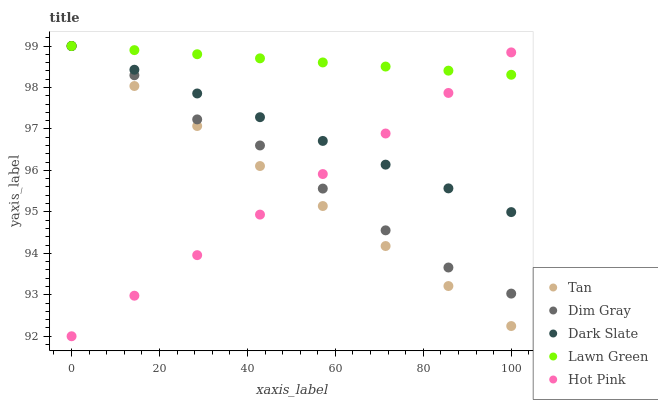
| xaxis_label | Tan | Dim Gray | Dark Slate | Lawn Green | Hot Pink |
 | --- | --- | --- | --- | --- | --- |
 | 0 | 99 | 99 | 99 | 99 | 92 |
 | 14.3 | 98 | 98.3 | 98.4 | 98.9 | 93 |
 | 28.6 | 97.1 | 97.2 | 97.9 | 98.8 | 94 |
 | 42.9 | 96.1 | 96.6 | 97.3 | 98.7 | 94.9 |
 | 57.1 | 95.1 | 95.6 | 96.7 | 98.6 | 95.9 |
 | 71.4 | 94.2 | 94.6 | 96.1 | 98.5 | 96.9 |
 | 85.7 | 93.2 | 93.7 | 95.6 | 98.4 | 97.9 |
 | 100 | 92.2 | 93 | 95 | 98.3 | 98.8 |